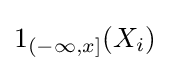
1_{(-\infty ,x]}(X_{i})